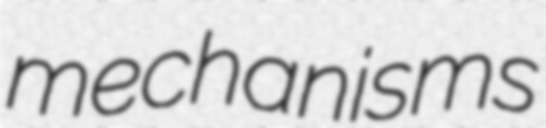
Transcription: mechanisms